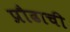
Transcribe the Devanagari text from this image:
प्रौढाची